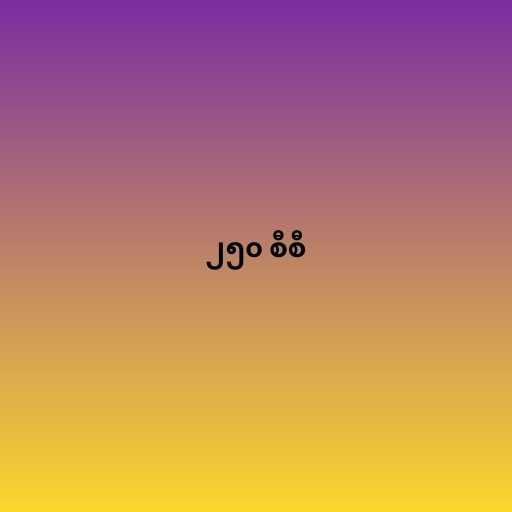
၂၅၀ စီစီ